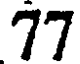
77